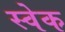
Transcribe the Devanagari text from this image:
स्वेक